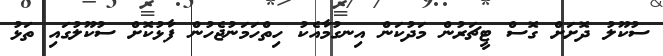
ސުކޫލު ދޮށަށް ގޮސް ޓީޗަރުން މަދުކަން އިނގުމާއެކު ހިތްހަމަނުޖެހުން ފާޅުކޮށް ސުކޫލުގައި ތަޅު